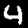
Label: 4